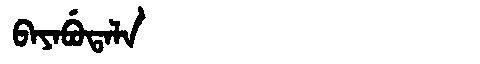
Manchu: ᠪᠠᠶᠠᠪᡠᡨᠠᠯᠠ
Romanization: BAYABUTALA